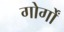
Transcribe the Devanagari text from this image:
गोर्गों